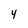
Character: 4